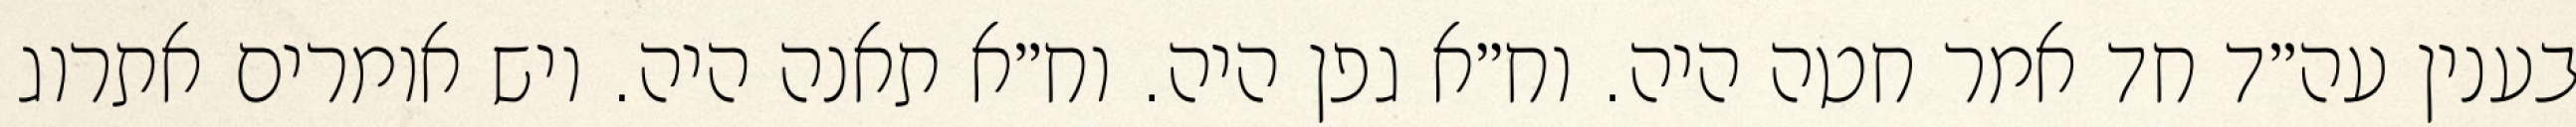
בענין עה״ד חד אמר חטה היה. וח״א גפן היה. וח״א תאנה היה. ויש אומרים אתרוג